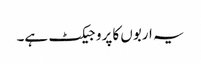
یہ اربوں کا پروجیکٹ ہے۔